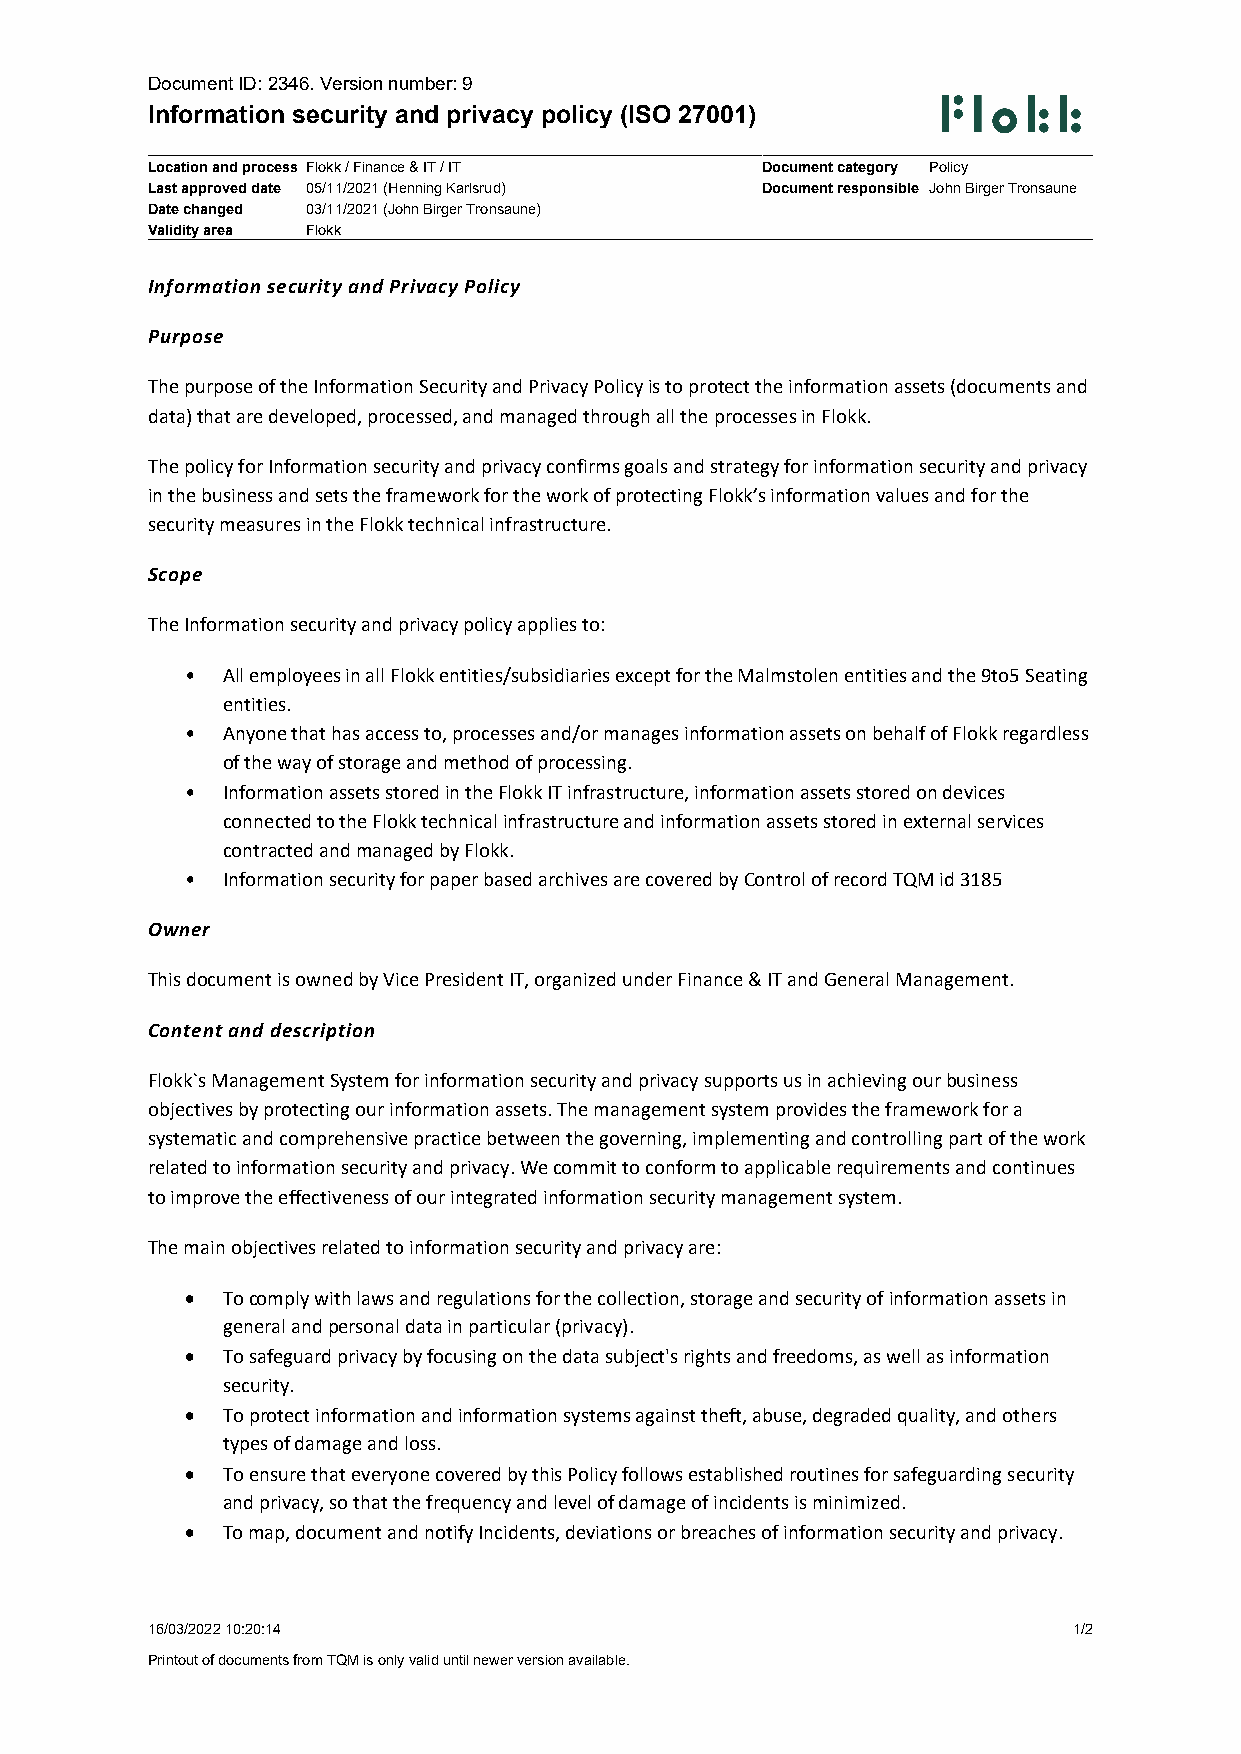
Document ID: 2346. Version number: 9
 Information security and privacy policy (ISO 27001)
 Location and process Flokk / Finance & IT / IT Document category Policy
 Last approved date 05/11/2021 (Henning Karlsrud) Document responsible John Birger Tronsaune
 Date changed 03/11/2021 (John Birger Tronsaune)
 Validity area Flokk
 I n f o r m a t i o n s e c u r i t y a n d P r i v a c y P o l i c y
 P u r p o s e
 The purpose of the Information Security and Privacy Policy is to protect the information assets (documents and
 data) that are developed, processed, and managed through all the processes in Flokk.
 The policy for Information security and privacy confirms goals and strategy for information security and privacy
 in the business and sets the framework for the work of protecting Flokk’s information values and for the
 security measures in the Flokk technical infrastructure.
 S c o p e
 The Information security and privacy policy applies to:
 •  All employees in all Flokk entities/subsidiaries except for the Malmstolen entities and the 9to5 Seating
 entities.
 •  Anyone that has access to, processes and/or manages information assets on behalf of Flokk regardless
 of the way of storage and method of processing.
 •  Information assets stored in the Flokk IT infrastructure, information assets stored on devices
 connected to the Flokk technical infrastructure and information assets stored in external services
 contracted and managed by Flokk.
 •  Information security for paper based archives are covered by Control of record TQM id 3185
 O w n e r
 This document is owned by Vice President IT, organized under Finance & IT and General Management.
 C o n t e n t a n d d e s c r i p t i o n
 Flokk`s Management System for information security and privacy supports us in achieving our business
 objectives by protecting our information assets. The management system provides the framework for a
 systematic and comprehensive practice between the governing, implementing and controlling part of the work
 related to information security and privacy. We commit to conform to applicable requirements and continues
 to improve the effectiveness of our integrated information security management system.
 The main objectives related to information security and privacy are:
   To comply with laws and regulations for the collection, storage and security of information assets in
 general and personal data in particular (privacy).
   To safeguard privacy by focusing on the data subject's rights and freedoms, as well as information
 security.
   To protect information and information systems against theft, abuse, degraded quality, and others
 types of damage and loss.
   To ensure that everyone covered by this Policy follows established routines for safeguarding security
 and privacy, so that the frequency and level of damage of incidents is minimized.
   To map, document and notify Incidents, deviations or breaches of information security and privacy.
 16/03/2022 10:20:14                                          1/2
 Printout of documents from TQM is only valid until newer version available.